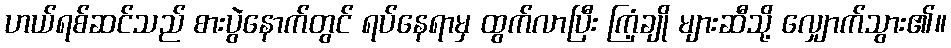
ဟယ်ရစ်ဆင်သည် စားပွဲနောက်တွင် ရပ်နေရာမှ ထွက်လာပြီး ကြံ့ချို များဆီသို့ လျှောက်သွား၏။